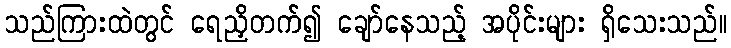
သည်ကြားထဲတွင် ရေညှိတက်၍ ချော်နေသည့် အပိုင်းများ ရှိသေးသည်။